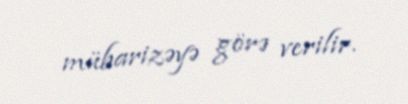
mübarizəyə görə verilir.